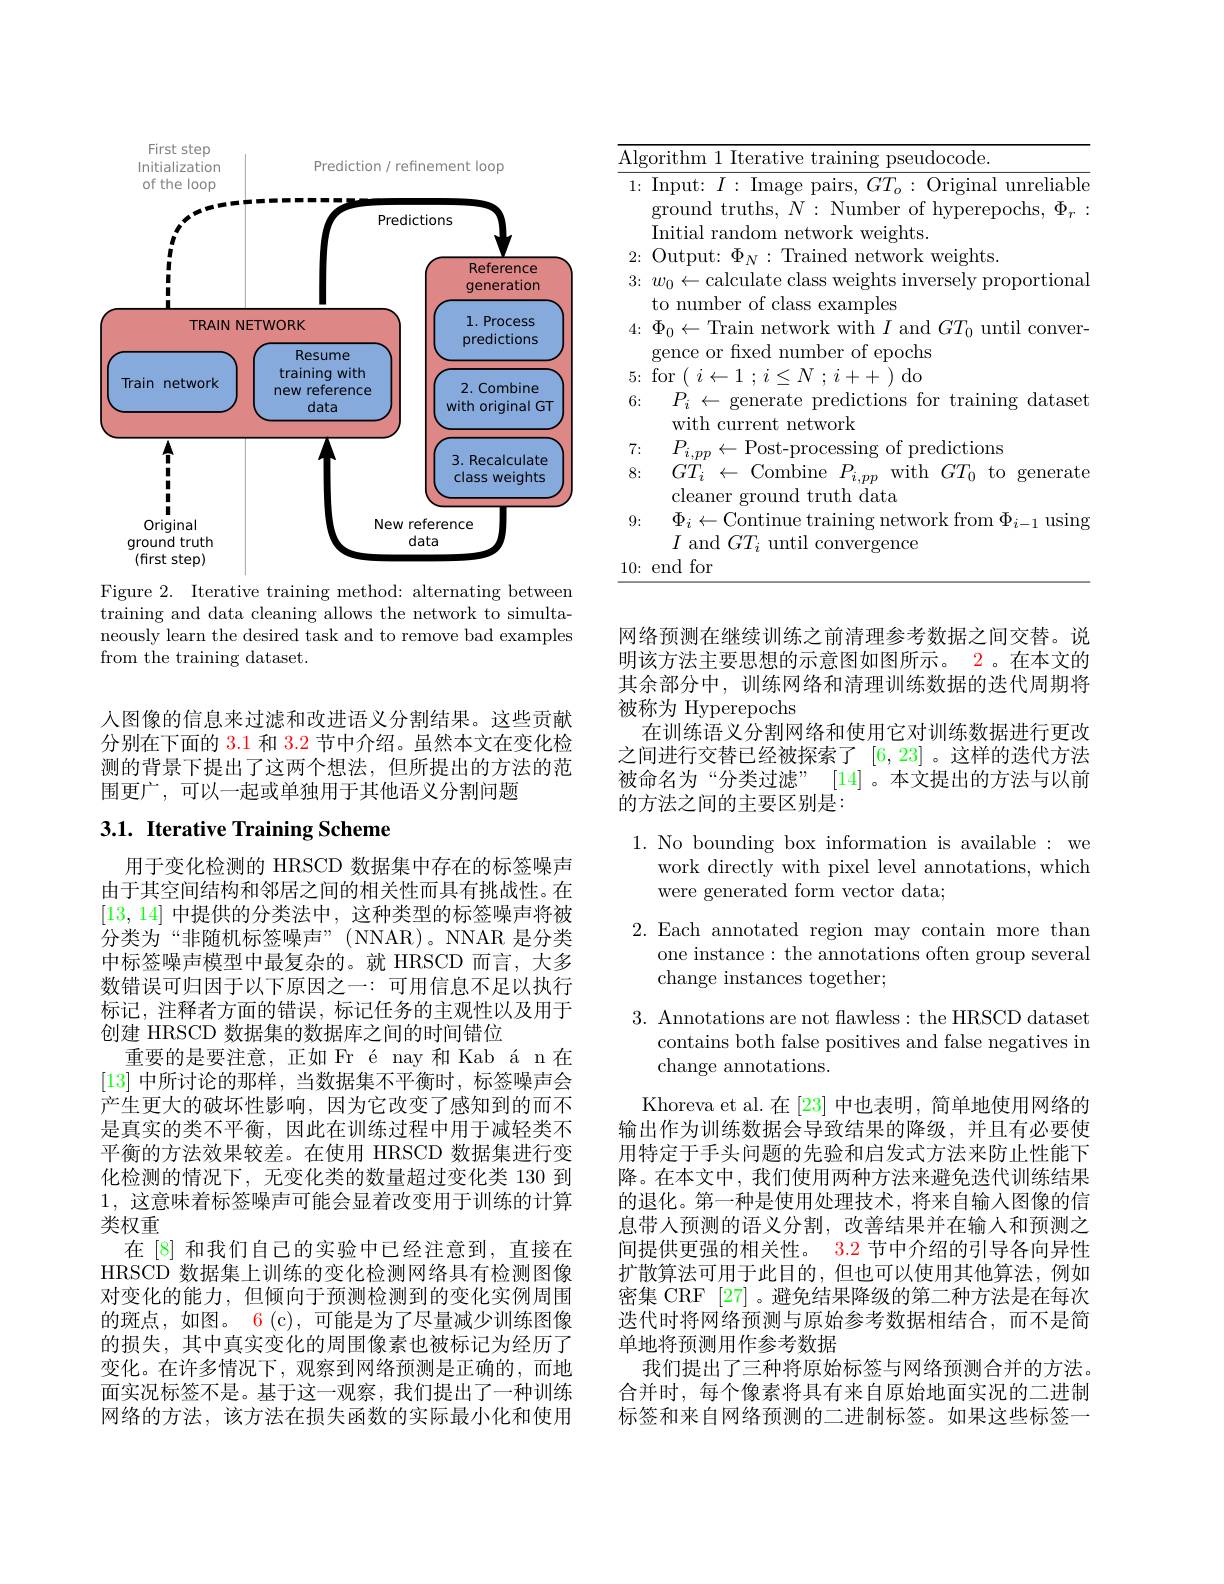
<FigureHere>
Figure 2. Iterative training method: alternating between

$\bar{\text{training and data cleaning allows the network to simulta-}}$ neously learn the desired task and to remove bad examples from the training dataset.

人图像的信息来过滤和改进语义分割结果。这些贡献分别在下面的 3.1 和 3.2 节中介绍。虽然本文在变化检测的背景下提出了这两个想法，但所提出的方法的范围更广，可以一起或单独用于其他语义分割问题

## $3. 1. \textbf{ Iterative Training Scheme}$

用于变化检测的 HRSCD 数据集中存在的标签噪声由于其空间结构和邻居之间的相关性而具有挑战性。在[13,14]中提供的分类法中，这种类型的标签噪声将被分类为“非随机标签噪声”(NNAR)。NNAR 是分类中标签噪声模型中最复杂的。就 HRSCD 而言，大多数错误可归因于以下原因之一：可用信息不足以执行标记，注释者方面的错误，标记任务的主观性以及用于创建 HRSCD 数据集的数据库之间的时间错位
重要的是要注意，正如 Fr é nay 和 Kab á n 在[13]中所讨论的那样，当数据集不平衡时，标签噪声会产生更大的破坏性影响，因为它改变了感知到的而不是真实的类不平衡，因此在训练过程中用于减轻类不平衡的方法效果较差。在使用 HRSCD 数据集进行变化检测的情况下，无变化类的数量超过变化类 130 到1,这意味着标签噪声可能会显着改变用于训练的计算类权重
在 [8] 和我们自己的实验中已经注意到，直接在HRSCD 数据集上训练的变化检测网络具有检测图像对变化的能力，但倾向于预测检测到的变化实例周围的斑点，如图。6 (c), 可能是为了尽量减少训练图像的损失，其中真实变化的周围像素也被标记为经历了变化。在许多情况下，观察到网络预测是正确的，而地面实况标签不是。基于这一观察，我们提出了一种训练网络的方法，该方法在损失函数的实际最小化和使用

<table>
	<tbody>
		<tr>
			<td>$\overline{{\mathrm{Alg}}}$ 1</td>
			<td>seudocode</td>
		</tr>
		<tr>
			<td>1:</td>
			<td>Input: $I:$ Image pairs, $GT_o:$ Original unreliable ground truths, $N:$ Number of hyperepochs, $\Phi_r$ Initial random network weights.</td>
		</tr>
		<tr>
			<td>2: 1</td>
			<td>TXT weiohts</td>
		</tr>
		<tr>
			<td>3:</td>
			<td>$w_{0}\leftarrow$calculate class weights inversely proportiona</td>
		</tr>
		<tr>
			<td>5</td>
			<td>gence or hxed number ot epochs</td>
		</tr>
		<tr>
			<td>VI 6:</td>
			<td>genera H.I.G ${\mathrm{e~predr}}$ mons for training dataset</td>
		</tr>
		<tr>
			<td>一 11</td>
			<td>$D$</td>
		</tr>
		<tr>
			<td>8:</td>
			<td>with $GT_{0}$ to s $GT_{i}$ $i\leftarrow$Combine$P_i$ generate</td>
		</tr>
		<tr>
			<td>9:</td>
			<td>cleaner ground truth data $\Phi_{i}\leftarrow$Continue training network from $\Phi_{i-1}$ llsin</td>
		</tr>
		<tr>
			<td>10:</td>
			<td>$I$ and $GT_{i}$ until convergence end for</td>
		</tr>
		<tr>
			<td>10:</td>
			<td>end for</td>
		</tr>
	</tbody>
</table>

网络预测在继续训练之前清理参考数据之间交替。说明该方法主要思想的示意图如图所示。2 。在本文的其余部分中，训练网络和清理训练数据的迭代周期将被称为 Hyperepochs
在训练语义分割网络和使用它对训练数据进行更改之间进行交替已经被探索了[6,23] 。这样的迭代方法被命名为“分类过滤”[14]。本文提出的方法与以前的方法之间的主要区别是：

1. No bounding box information is available: we
work directly with pixel level annotations, which
were generated form vector data;

2.Each annotated region may contain more than
one instance: the annotations often group several
change instances together;

3. Annotations are not flawless: the HRSCD dataset
contains both false positives and false negatives in
change annotations.

Khoreva et al. 在 [23] 中也表明，简单地使用网络的输出作为训练数据会导致结果的降级，并且有必要使用特定于手头问题的先验和启发式方法来防止性能下降。在本文中，我们使用两种方法来避免迭代训练结果的退化。第一种是使用处理技术，将来自输入图像的信息带人预测的语义分割，改善结果并在输入和预测之间提供更强的相关性。3.2 节中介绍的引导各向异性扩散算法可用于此目的，但也可以使用其他算法，例如密集 CRF [27] 。避免结果降级的第二种方法是在每次迭代时将网络预测与原始参考数据相结合，而不是简单地将预测用作参考数据
我们提出了三种将原始标签与网络预测合并的方法。合并时，每个像素将具有来自原始地面实况的二进制标签和来自网络预测的二进制标签。如果这些标签一